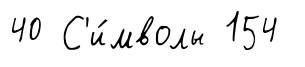
40 С'и́мволы 154